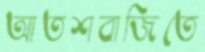
আতশবাজিতে